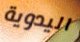
اليدوية